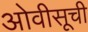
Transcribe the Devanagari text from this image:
ओवीसूची